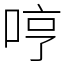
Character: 哼